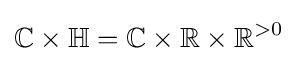
\mathbb {C} \times \mathbb {H} =\mathbb {C} \times \mathbb {R} \times \mathbb {R} ^{>0}